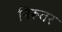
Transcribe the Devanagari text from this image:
निरूतर